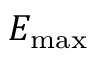
E _ { \mathrm { m a x } }